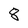
Character: 8